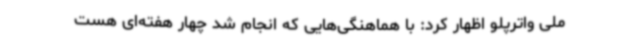
ملی واترپلو اظهار کرد: با هماهنگی‌هایی که انجام شد چهار هفته‌ای هست